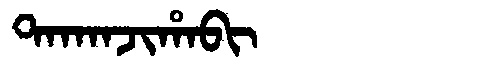
Manchu: ᡨᠠᡴᠠᠨᠵᡳᡥᠠᠪᡳ
Romanization: TAKANJIHABI